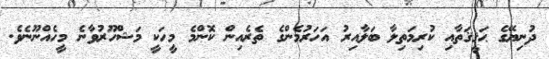
ދުނިޔޭގެ ޙަޤީޤަތާއި ކުރިމަތިލާ ބަލާއިރު އަހަރުމެންގެ ތެރެއިން ކޮންމެ މީހަކީ މަޝްހޫރުވާނެ މީހެއްނޫނެވެ.